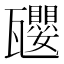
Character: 𪼿